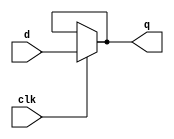
module latch_N #(
    parameter N = 8
) (
    input clk,
    input[N-1:0] d,
    output[N-1:0] q
);
    
    assign q = clk ? d : q;

endmodule